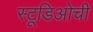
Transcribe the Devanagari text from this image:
स्टूडिओची